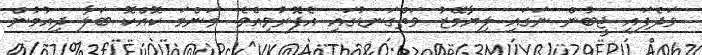
ވަދެފައި ޖީބުން ނަގައި ލިޔާމޭޒު ވަތްގަނޑުގައި އެފޮރުވިއެވެ. މަންމަ ކޮއްކޮ ބަލާ ދިއުމުން